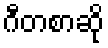
ဂီတစာဆို